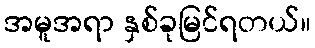
အမူအရာ နှစ်ခုမြင်ရတယ်။